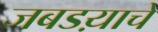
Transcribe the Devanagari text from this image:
जबडय़ाचे